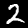
Label: 2